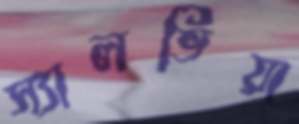
স্যালভিয়া